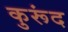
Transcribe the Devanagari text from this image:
कुरूंद